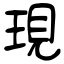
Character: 現